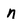
Character: n